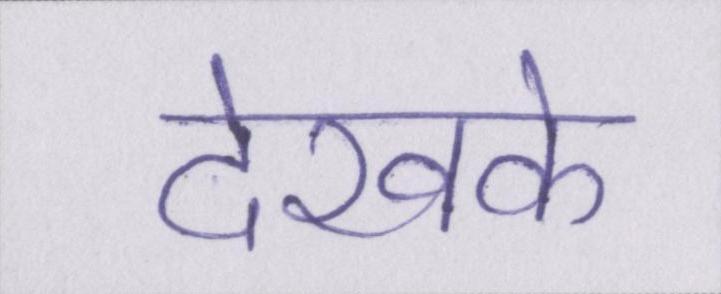
देखके